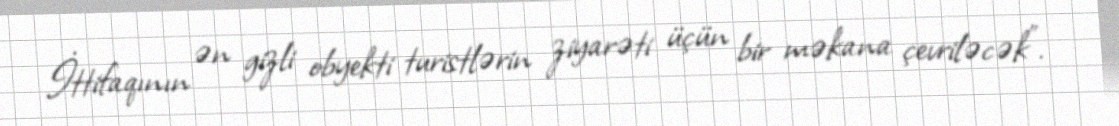
İttifaqının ən gizli obyekti turistlərin ziyarəti üçün bir məkana çevriləcək".